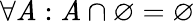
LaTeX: \forall\mathit{A}:\mathit{A}\cap\varnothing=\varnothing